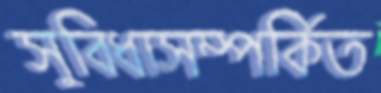
সুবিধাসম্পর্কিত